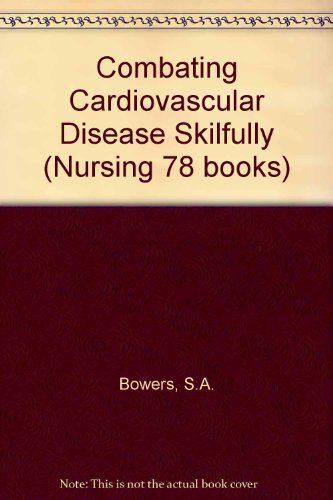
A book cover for Combating Cardiovascular Disease Skilfully (Nursing Skillbook); S.A. Bowers; Medical Books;